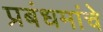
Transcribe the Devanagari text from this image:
प्रबंधमांचे